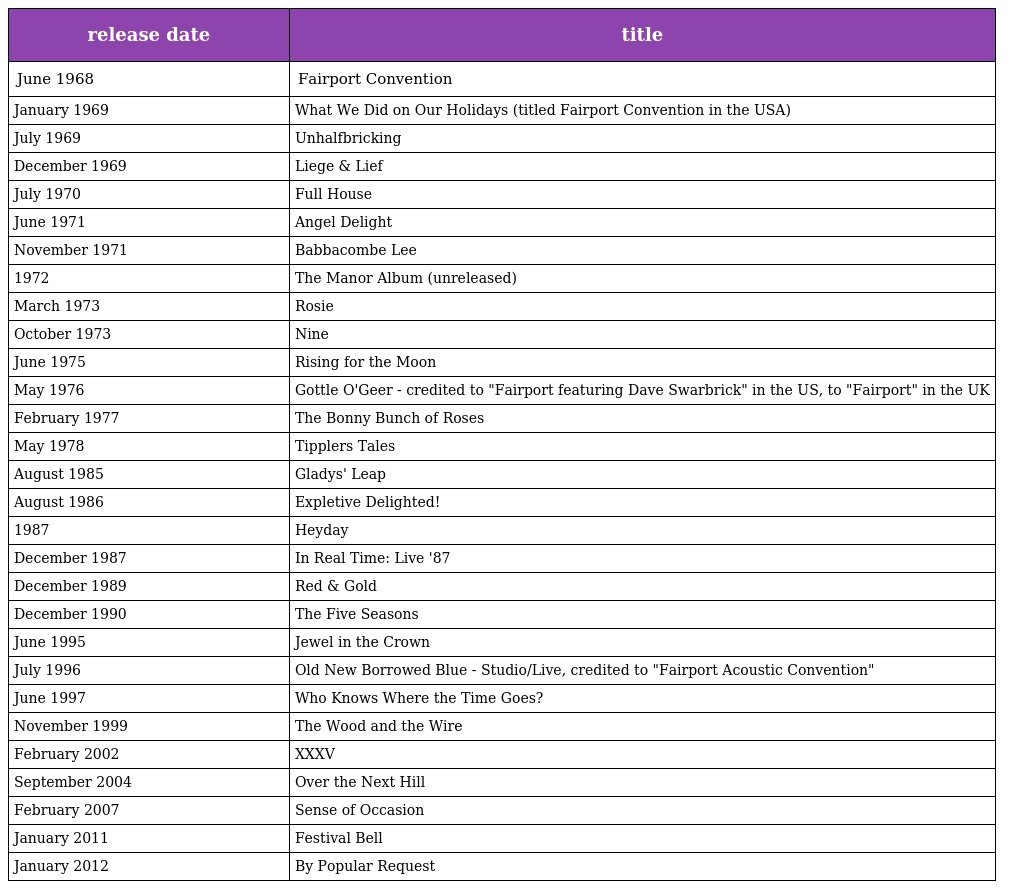
| release date | title |
 | --- | --- |
 | June 1968 | Fairport Convention |
 | January 1969 | What We Did on Our Holidays (titled Fairport Convention in the USA) |
 | July 1969 | Unhalfbricking |
 | December 1969 | Liege & Lief |
 | July 1970 | Full House |
 | June 1971 | Angel Delight |
 | November 1971 | Babbacombe Lee |
 | 1972 | The Manor Album (unreleased) |
 | March 1973 | Rosie |
 | October 1973 | Nine |
 | June 1975 | Rising for the Moon |
 | May 1976 | Gottle O'Geer - credited to "Fairport featuring Dave Swarbrick" in the US, to "Fairport" in the UK |
 | February 1977 | The Bonny Bunch of Roses |
 | May 1978 | Tipplers Tales |
 | August 1985 | Gladys' Leap |
 | August 1986 | Expletive Delighted! |
 | 1987 | Heyday |
 | December 1987 | In Real Time: Live '87 |
 | December 1989 | Red & Gold |
 | December 1990 | The Five Seasons |
 | June 1995 | Jewel in the Crown |
 | July 1996 | Old New Borrowed Blue - Studio/Live, credited to "Fairport Acoustic Convention" |
 | June 1997 | Who Knows Where the Time Goes? |
 | November 1999 | The Wood and the Wire |
 | February 2002 | XXXV |
 | September 2004 | Over the Next Hill |
 | February 2007 | Sense of Occasion |
 | January 2011 | Festival Bell |
 | January 2012 | By Popular Request |